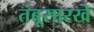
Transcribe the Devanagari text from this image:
तंबूसारखे